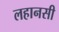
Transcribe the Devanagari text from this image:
लहानसी